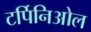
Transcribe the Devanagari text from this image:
टर्पिनिओल